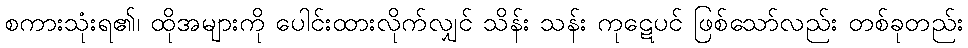
စကားသုံးရ၏၊ ထိုအများကို ပေါင်းထားလိုက်လျှင် သိန်း သန်း ကုဋေပင် ဖြစ်သော်လည်း တစ်ခုတည်း